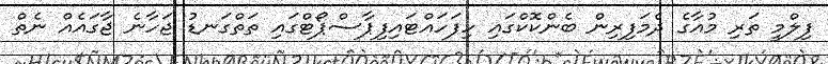
ފިލްމީ ތަރި މުއާގެ ދެމަފިރިން ބެންކޮކްގައި ހިފަހައްޓައިފިޕާސްޕޯޓްގައި ތަތްގަނޑު ޖަހާނެ ޖާގައެއް ނެތް